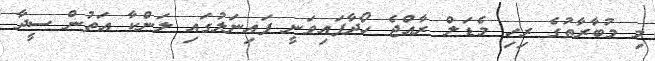
މި މުބާރާތުގެ ރިހި މެޑަލް ރާއްޖެ ހޯދާފައިވަނީ ފައިނަލުގައި ލަންކާ އަތުން ސީދާ